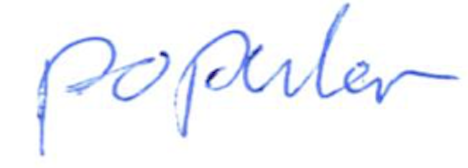
Text: popular
Cross-out: clean
Writing tool: ballpoint